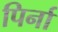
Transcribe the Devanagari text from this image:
पिर्ना